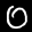
Label: 0